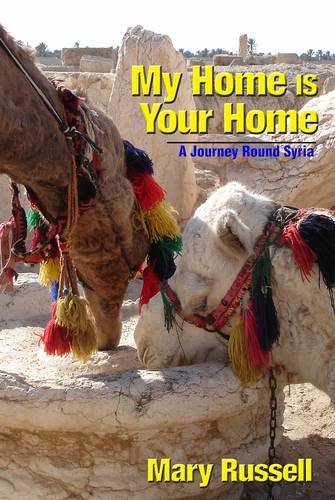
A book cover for My Home is Your Home: A Journey Round Syria; Mary Russell; Travel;